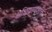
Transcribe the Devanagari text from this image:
अधिराज्यशक्ति